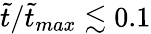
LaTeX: \tilde{t}/\tilde{t}_{max}\lesssim 0.1